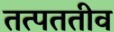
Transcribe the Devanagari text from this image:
तत्पततीव